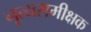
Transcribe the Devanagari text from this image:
नृत्यसमीक्षक